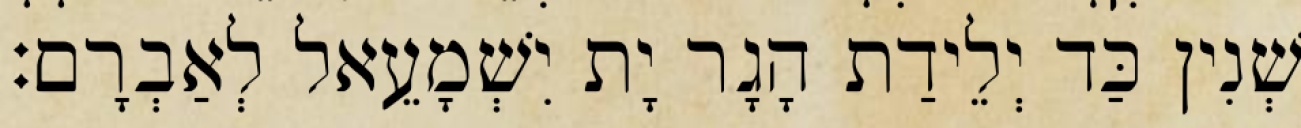
שְׁנִין כַּד יְלֵידַת הָגָר יָת יִשְׁמָעֵאל לְאַבְרָם׃